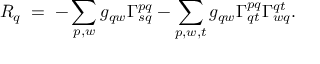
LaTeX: R _ { q } \; = \; - \sum _ { p , w } g _ { q w } \Gamma _ { s q } ^ { p q } - \sum _ { p , w , t } g _ { q w } \Gamma _ { q t } ^ { p q } \Gamma _ { w q } ^ { q t } .